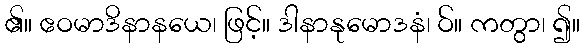
၏။ ဧဝမာဒိနာနယေ၊ ဖြင့်။ ဒါနာနုမောဒနံ၊ ဝ်။ ကတွာ၊ ၍။